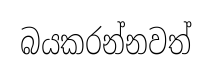
බයකරන්නවත්